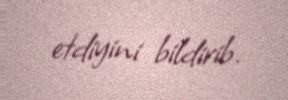
etdiyini bildirib.